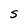
Character: S